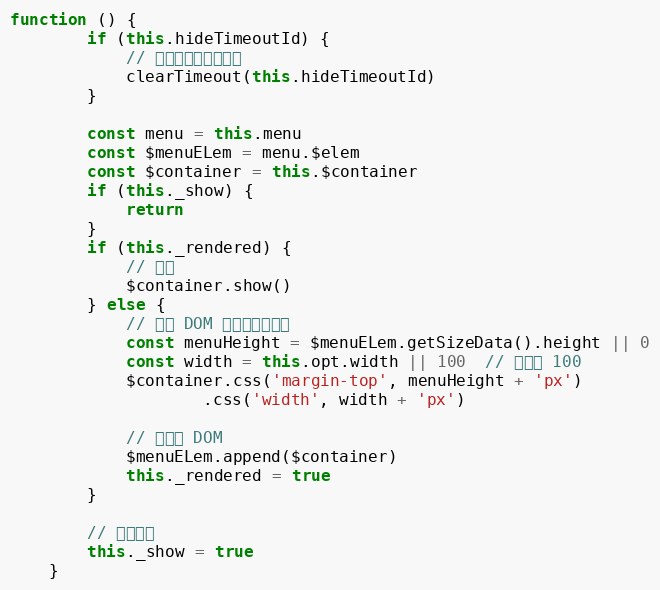
Language: JavaScript
function () {
        if (this.hideTimeoutId) {
            // 清除之前的定时隐藏
            clearTimeout(this.hideTimeoutId)
        }

        const menu = this.menu
        const $menuELem = menu.$elem
        const $container = this.$container
        if (this._show) {
            return
        }
        if (this._rendered) {
            // 显示
            $container.show()
        } else {
            // 加入 DOM 之前先定位位置
            const menuHeight = $menuELem.getSizeData().height || 0
            const width = this.opt.width || 100  // 默认为 100
            $container.css('margin-top', menuHeight + 'px')
                    .css('width', width + 'px')

            // 加入到 DOM
            $menuELem.append($container)
            this._rendered = true
        }

        // 修改属性
        this._show = true
    }